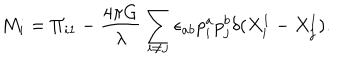
LaTeX: M _ { i } = \Pi _ { i 1 } - \frac { 4 \pi G } { \lambda } \sum _ { i \ne j } \epsilon _ { a b } p _ { i } ^ { a } p _ { j } ^ { b } \delta ( X _ { i } ^ { 1 } - X _ { j } ^ { 1 } ) .